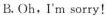
B.Oh,I'm sorry!